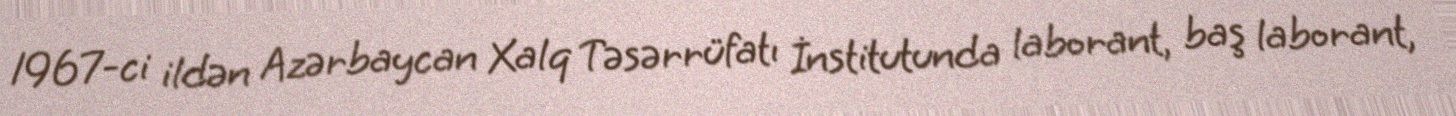
1967-ci ildən Azərbaycan Xalq Təsərrüfatı İnstitutunda laborant, baş laborant,